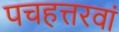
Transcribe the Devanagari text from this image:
पचहत्तरवां